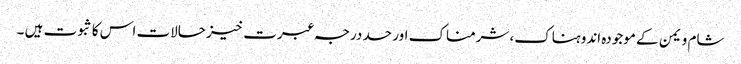
شام و یمن کے موجودہ اندوہناک، شرمناک اور حد درجہ عبرت خیز حالات اس کا ثبوت ہیں ۔